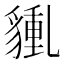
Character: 𧳿